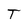
Character: T